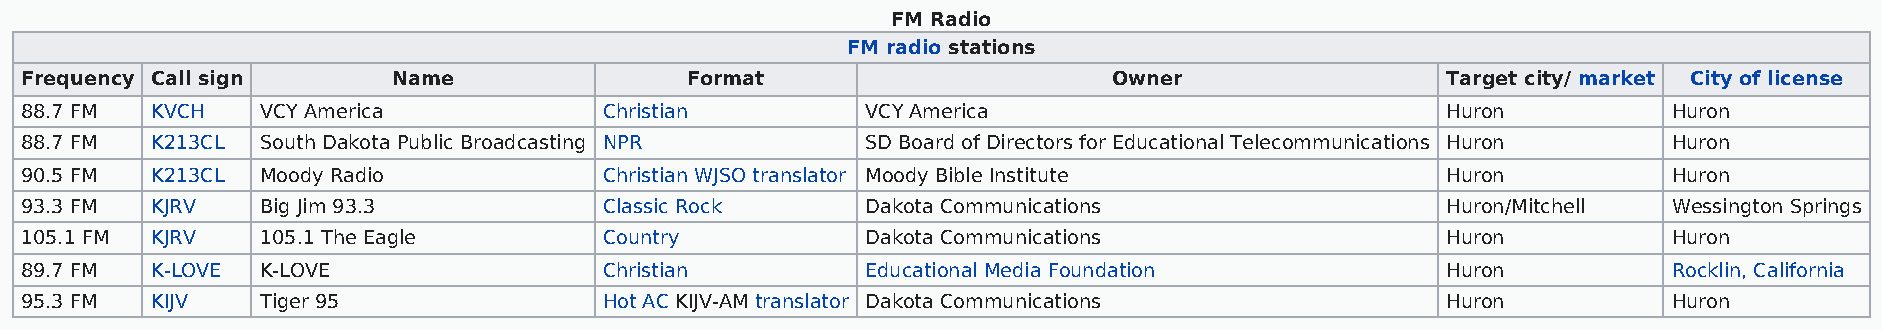
FM Radio
 FM radio stations
 Frequency Call sign      Name               Format                       Owner                 Target city/ market City of license
 88.7 FM  KVCH   VCY America            Christian        VCY America                            Huron          Huron
 88.7 FM  K213CL South Dakota Public Broadcasting NPR    SD Board of Directors for Educational Telecommunications Huron Huron
 90.5 FM  K213CL Moody Radio            Christian WJSO translator Moody Bible Institute         Huron          Huron
 93.3 FM  KJRV   Big Jim 93.3           Classic Rock     Dakota Communications                  Huron/Mitchell Wessington Springs
 105.1 FM KJRV   105.1 The Eagle        Country          Dakota Communications                  Huron          Huron
 89.7 FM  K-LOVE K-LOVE                 Christian        Educational Media Foundation           Huron          Rocklin, California
 95.3 FM  KIJV   Tiger 95               Hot AC KIJV-AM translator Dakota Communications         Huron          Huron